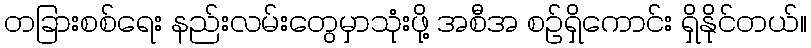
တခြားစစ်ရေး နည်းလမ်းတွေမှာသုံးဖို့ အစီအ စဉ်ရှိကောင်း ရှိနိုင်တယ်။